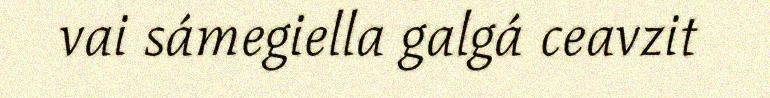
vai sámegiella galgá ceavzit